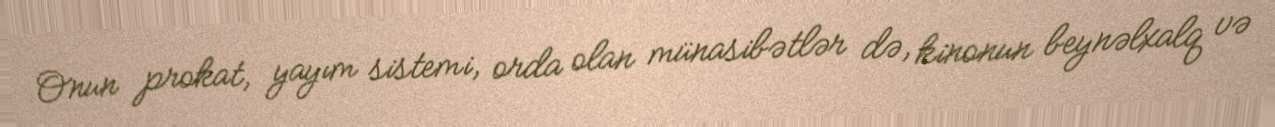
Onun prokat, yayım sistemi, orda olan münasibətlər də, kinonun beynəlxalq və